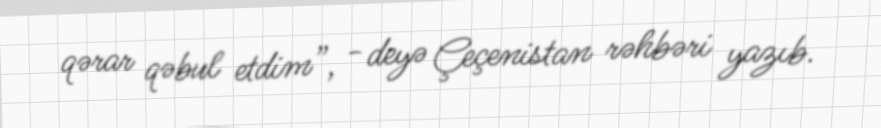
qərar qəbul etdim”, - deyə Çeçenistan rəhbəri yazıb.